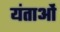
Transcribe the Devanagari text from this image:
यंताओं